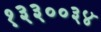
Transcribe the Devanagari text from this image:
१३३००३४